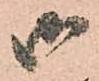
御